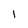
Character: l